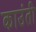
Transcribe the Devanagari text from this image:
काउंती